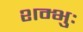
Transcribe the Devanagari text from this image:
शम्भुः